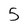
Character: 5